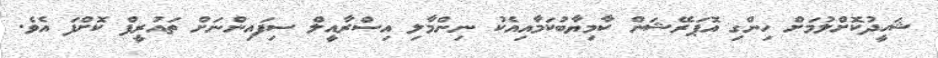
ޝަހީދުކޮށްލުމަށް ހިންގި އޮޕަރޭޝަން ކާމިޔާބުކަމާއިއެކު ނިންމާލި އިސްރާއީލް ސިފައިންނަށް ތައުރީފް ކޮށްފަ އެވެ.